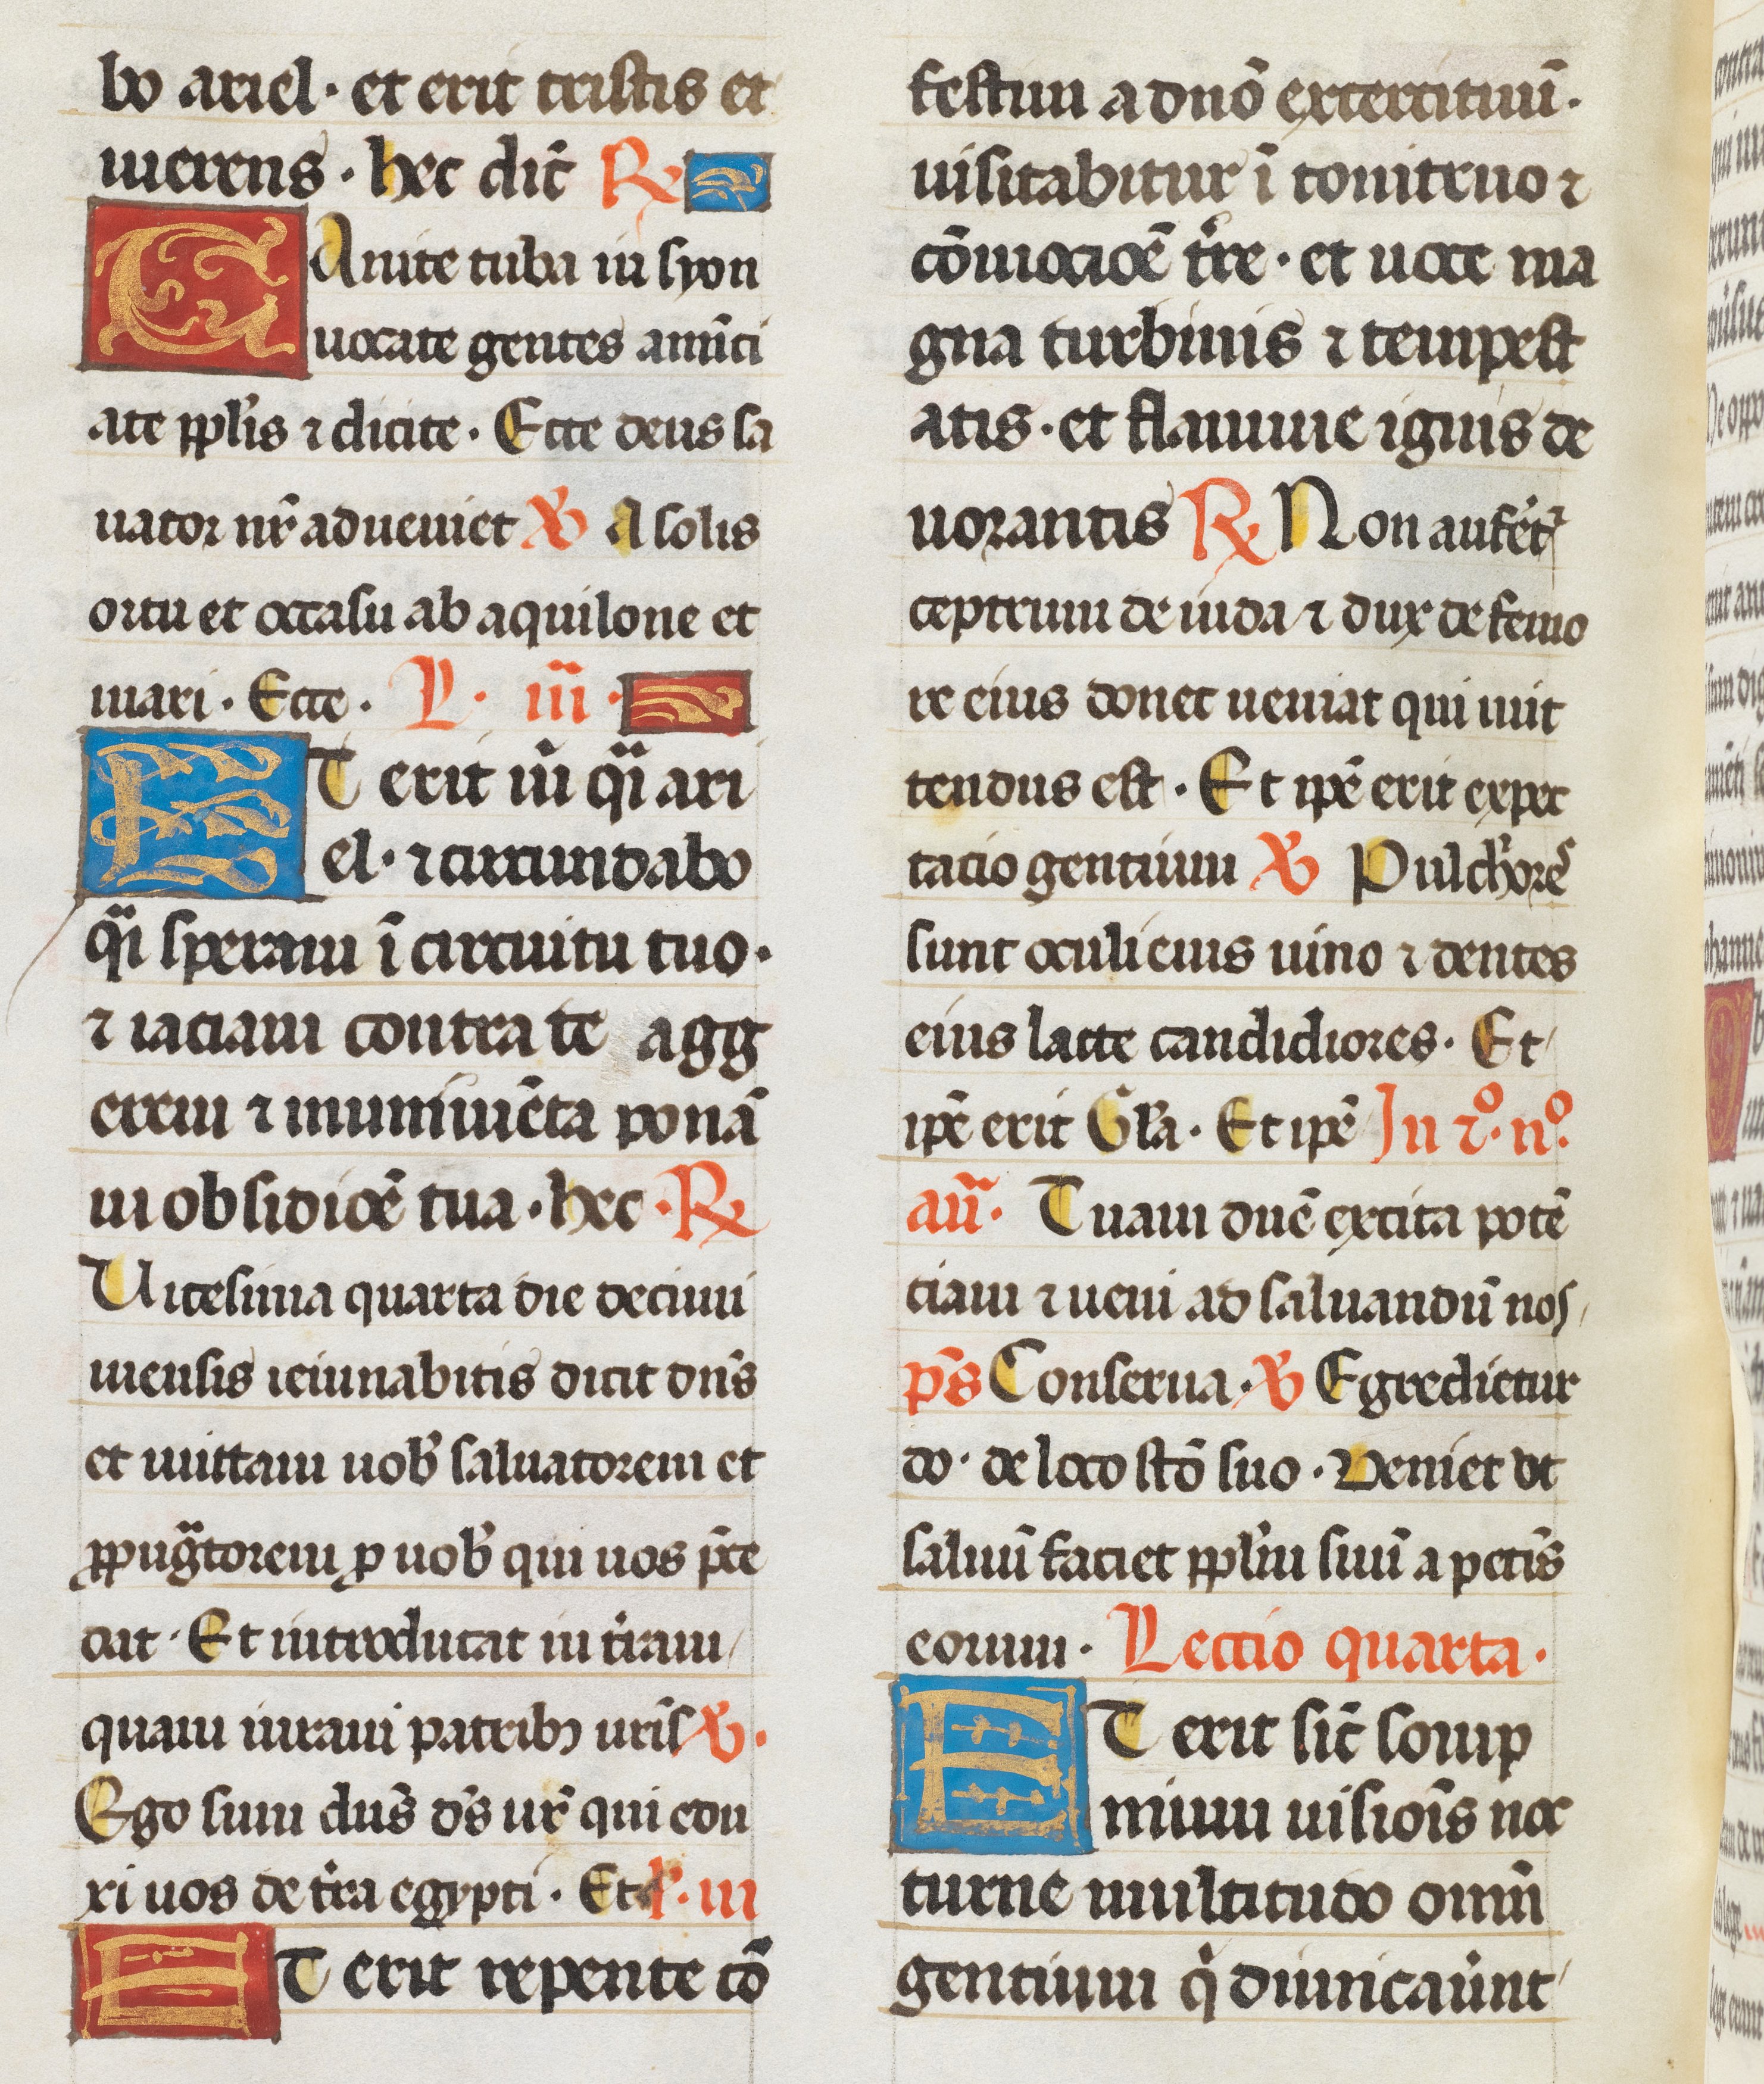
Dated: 1493–1493